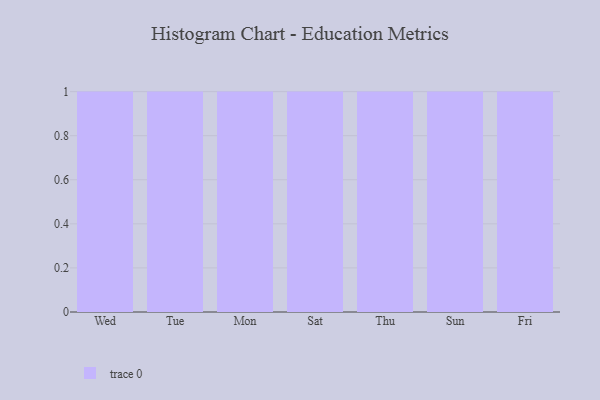
{"axis": {"x": "Day", "y": "Humidity (%)"}, "legend": [""], "data": [{"x": "Wed", "y": 75, "type": ""}, {"x": "Tue", "y": 92, "type": ""}, {"x": "Mon", "y": 28, "type": ""}, {"x": "Sat", "y": 72, "type": ""}, {"x": "Thu", "y": 57, "type": ""}, {"x": "Sun", "y": 86, "type": ""}, {"x": "Fri", "y": 84, "type": ""}]}